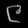
Digit: ၉